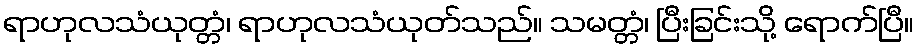
ရာဟုလသံယုတ္တံ၊ ရာဟုလသံယုတ်သည်။ သမတ္တံ၊ ပြီးခြင်းသို့ ရောက်ပြီ။